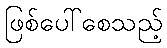
ဖြစ်ပေါ်စေသည့်